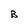
Character: B